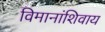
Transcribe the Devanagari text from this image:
विमानांशिवाय